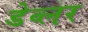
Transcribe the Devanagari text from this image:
डेव्लर